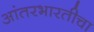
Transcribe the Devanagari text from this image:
आंतरभारतीचा